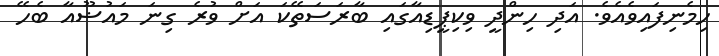
ހިމެނިފައިވެއެވެ. އަދި ހިންދީ ވިކިޕީޑިއާގައި ބާރަސަތޭކަ އަށް ވުރެ ގިނަ މައުޟޫއާ ބެހޭ